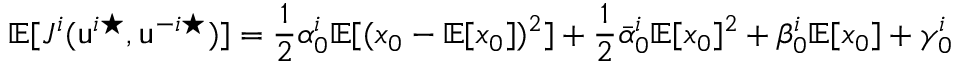
\mathbb { E } [ J ^ { i } ( \mathsf { u } ^ { i \star } , \mathsf { u } ^ { - i \star } ) ] = \frac { 1 } { 2 } \alpha _ { 0 } ^ { i } \mathbb { E } [ ( x _ { 0 } - \mathbb { E } [ x _ { 0 } ] ) ^ { 2 } ] + \frac { 1 } { 2 } \bar { \alpha } _ { 0 } ^ { i } \mathbb { E } [ x _ { 0 } ] ^ { 2 } + \beta _ { 0 } ^ { i } \mathbb { E } [ x _ { 0 } ] + \gamma _ { 0 } ^ { i }